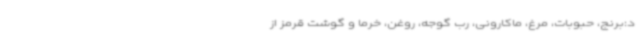
د:برنج، حبوبات، مرغ، ماکارونی، رب گوجه، روغن، خرما و گوشت قرمز از